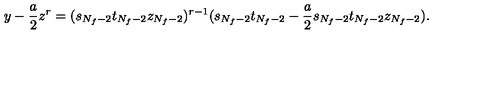
y - \frac { a } { 2 } z ^ { r } = ( s _ { N _ { f } - 2 } t _ { N _ { f } - 2 } z _ { N _ { f } - 2 } ) ^ { r - 1 } ( s _ { N _ { f } - 2 } t _ { N _ { f } - 2 } - \frac { a } { 2 } s _ { N _ { f } - 2 } t _ { N _ { f } - 2 } z _ { N _ { f } - 2 } ) .